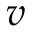
v